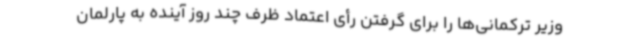
وزیر ترکمانی‌ها را برای گرفتن رأی اعتماد ظرف چند روز آینده به پارلمان